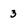
Character: 3